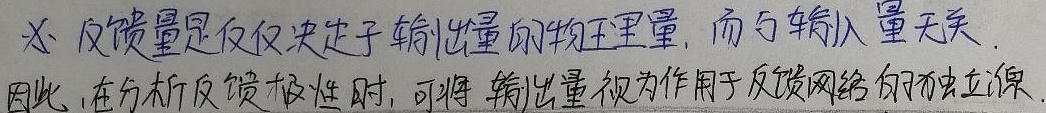
又，反馈量是仅仅决定于输出量的物理量，而与输入量无关。因此，在分析反馈极性时，可将输出量视为作用于反馈网络的独立源。